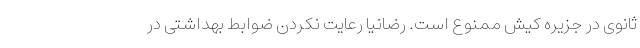
ثانوی در جزیره کیش ممنوع است. رضانیا رعایت نکردن ضوابط بهداشتی در